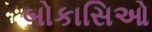
બોકાસિઓ